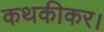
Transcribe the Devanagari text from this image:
कथकीकर।